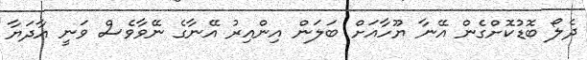
ދެލޯ ބޮޑުކޮށްގެން އޭނާ ޔޫހާއަށް ބަލަން އިންއިރު އޭނާގެ ނޭވާވެސް ވަނީ އާދަޔާ